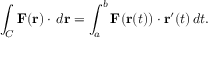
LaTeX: \int _ { C } \mathbf { F } ( \mathbf { r } ) \cdot \, d \mathbf { r } = \int _ { a } ^ { b } \mathbf { F } ( \mathbf { r } ( t ) ) \cdot \mathbf { r } ^ { \prime } ( t ) \, d t .